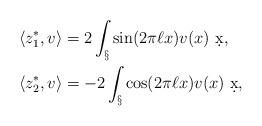
LaTeX: \begin{align*}\langle z_1^*, v \rangle &= 2 \int_\S \sin(2\pi \ell x) v(x) \ \d x,\\\langle z_2^*, v \rangle &= -2 \int_\S \cos(2\pi \ell x) v(x) \ \d x,\end{align*}